Bréfritari: Stefanía Siggeirsdóttir
Viðtakandi: Páll Pálsson
Dagsetning: A-1872-01-15
Skrifað á: Hraungerði  Árn.
Stefanía var bróðurdóttir Páls Pálssonar

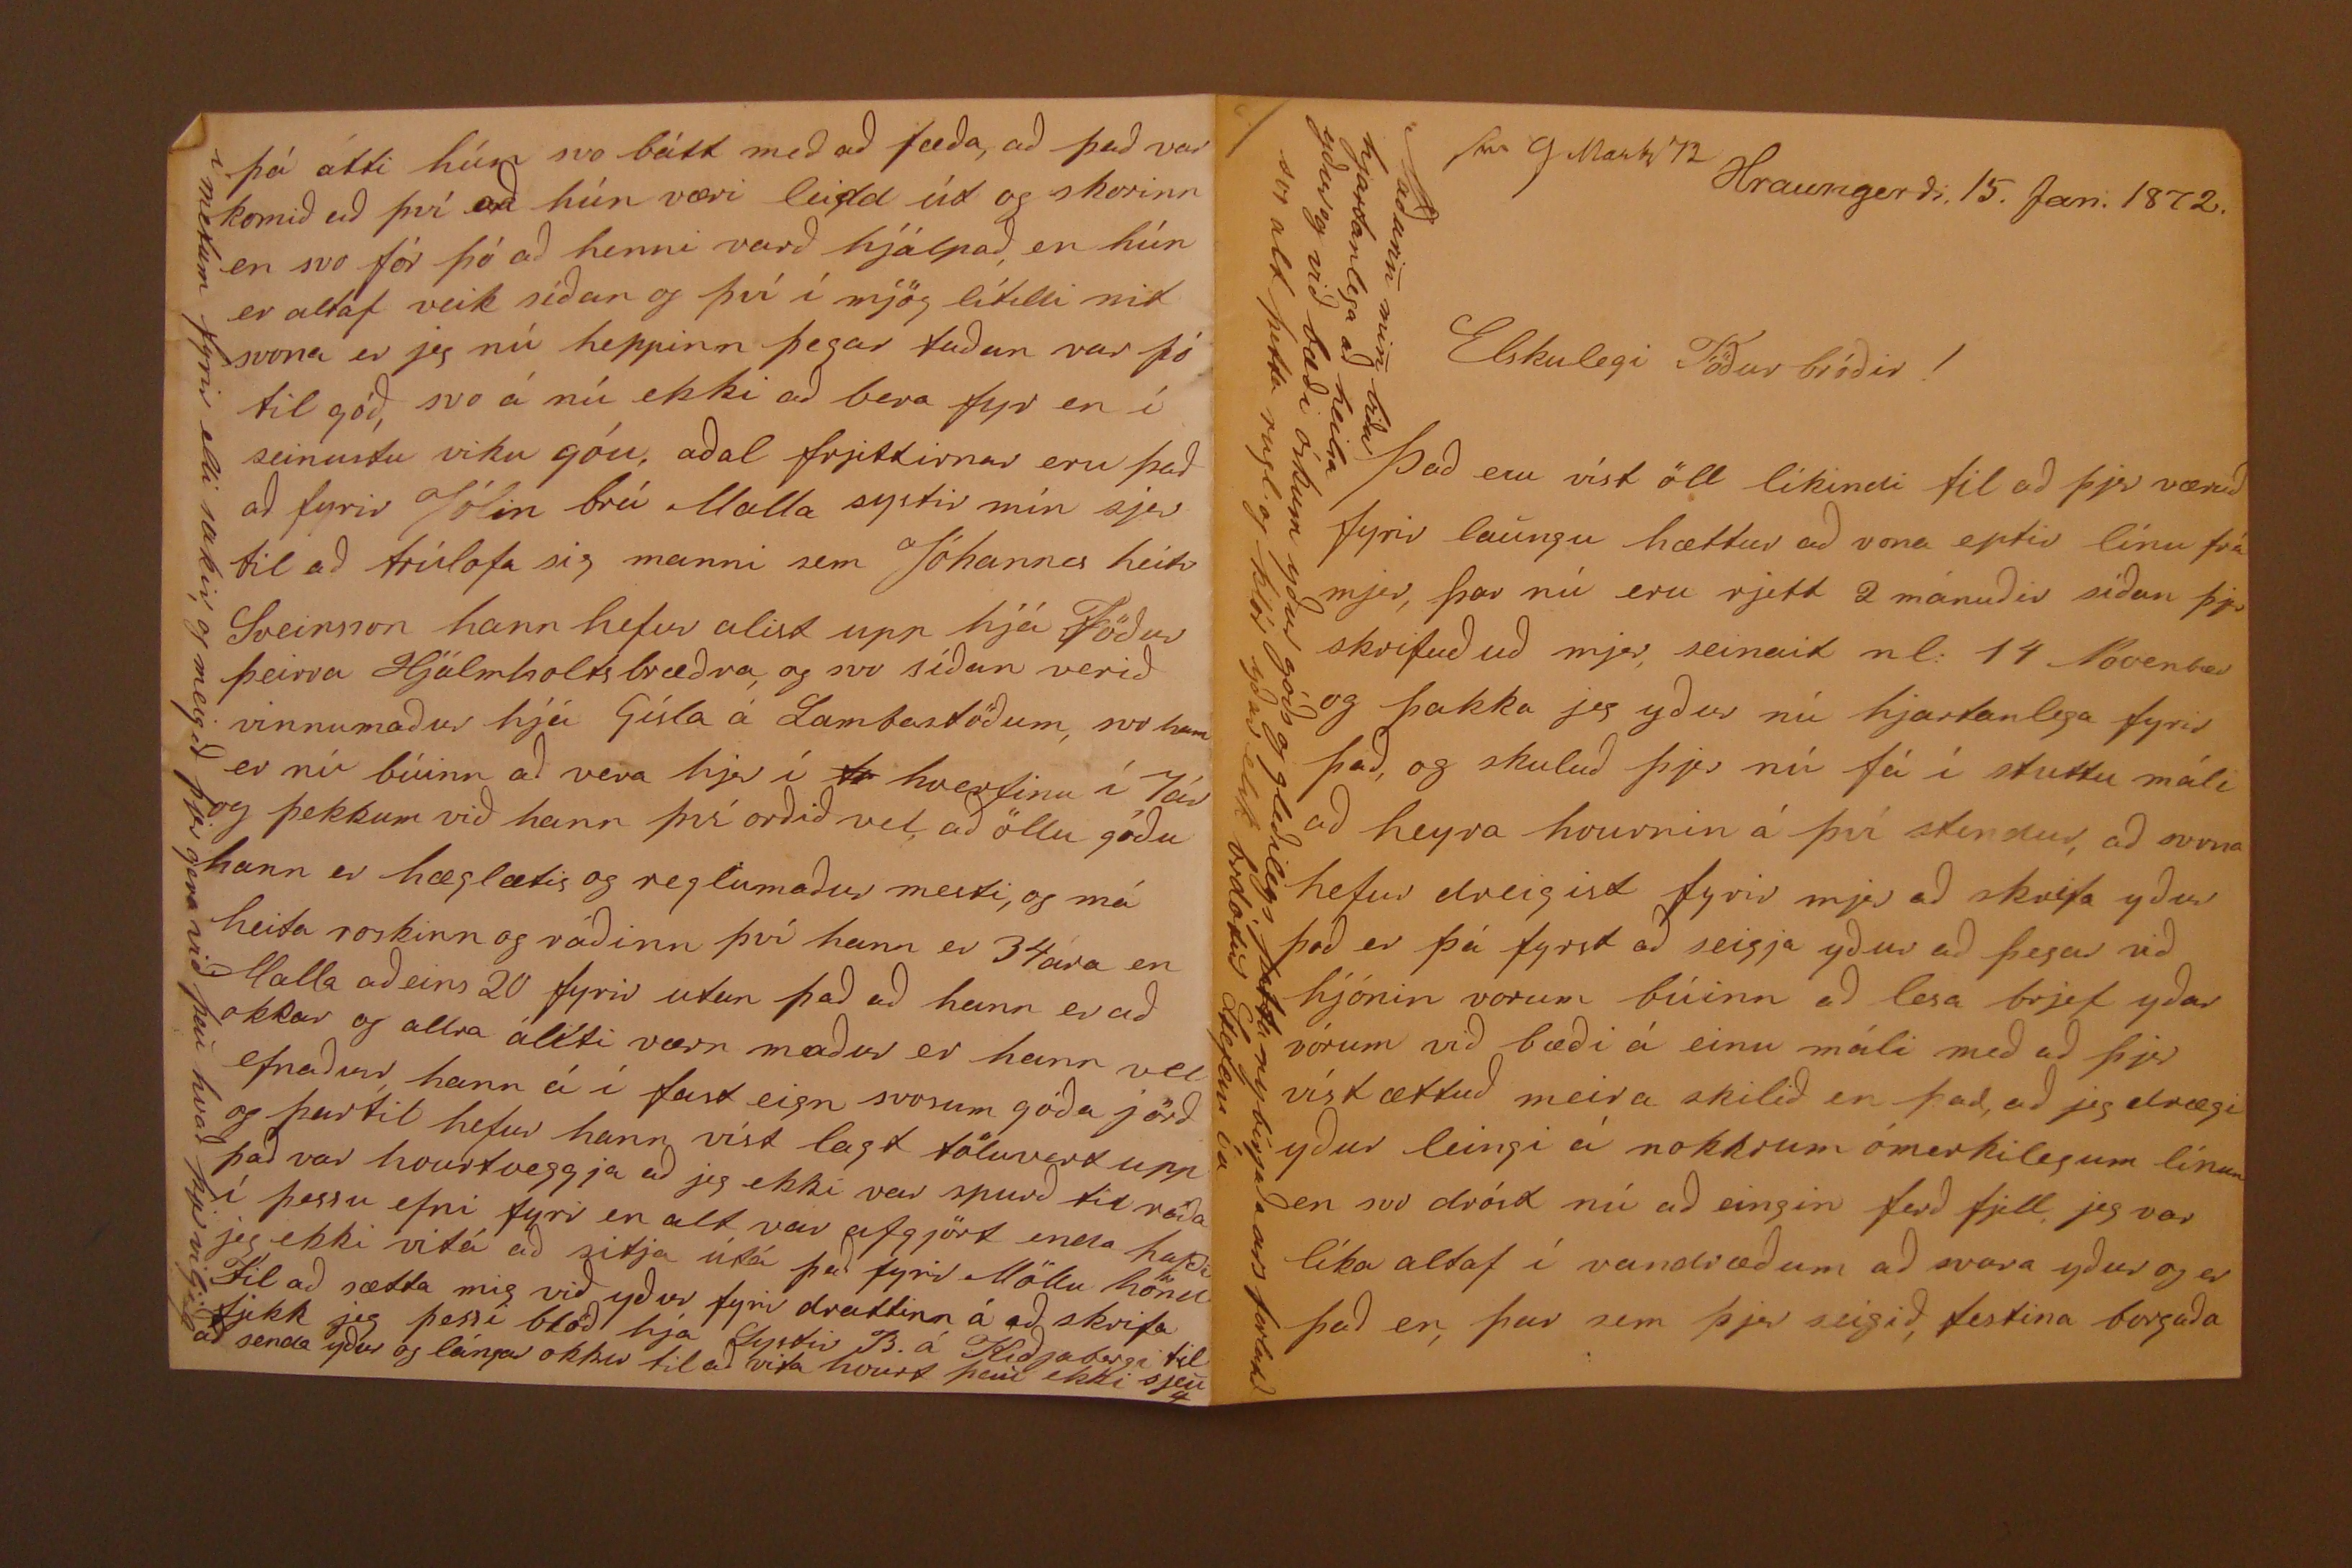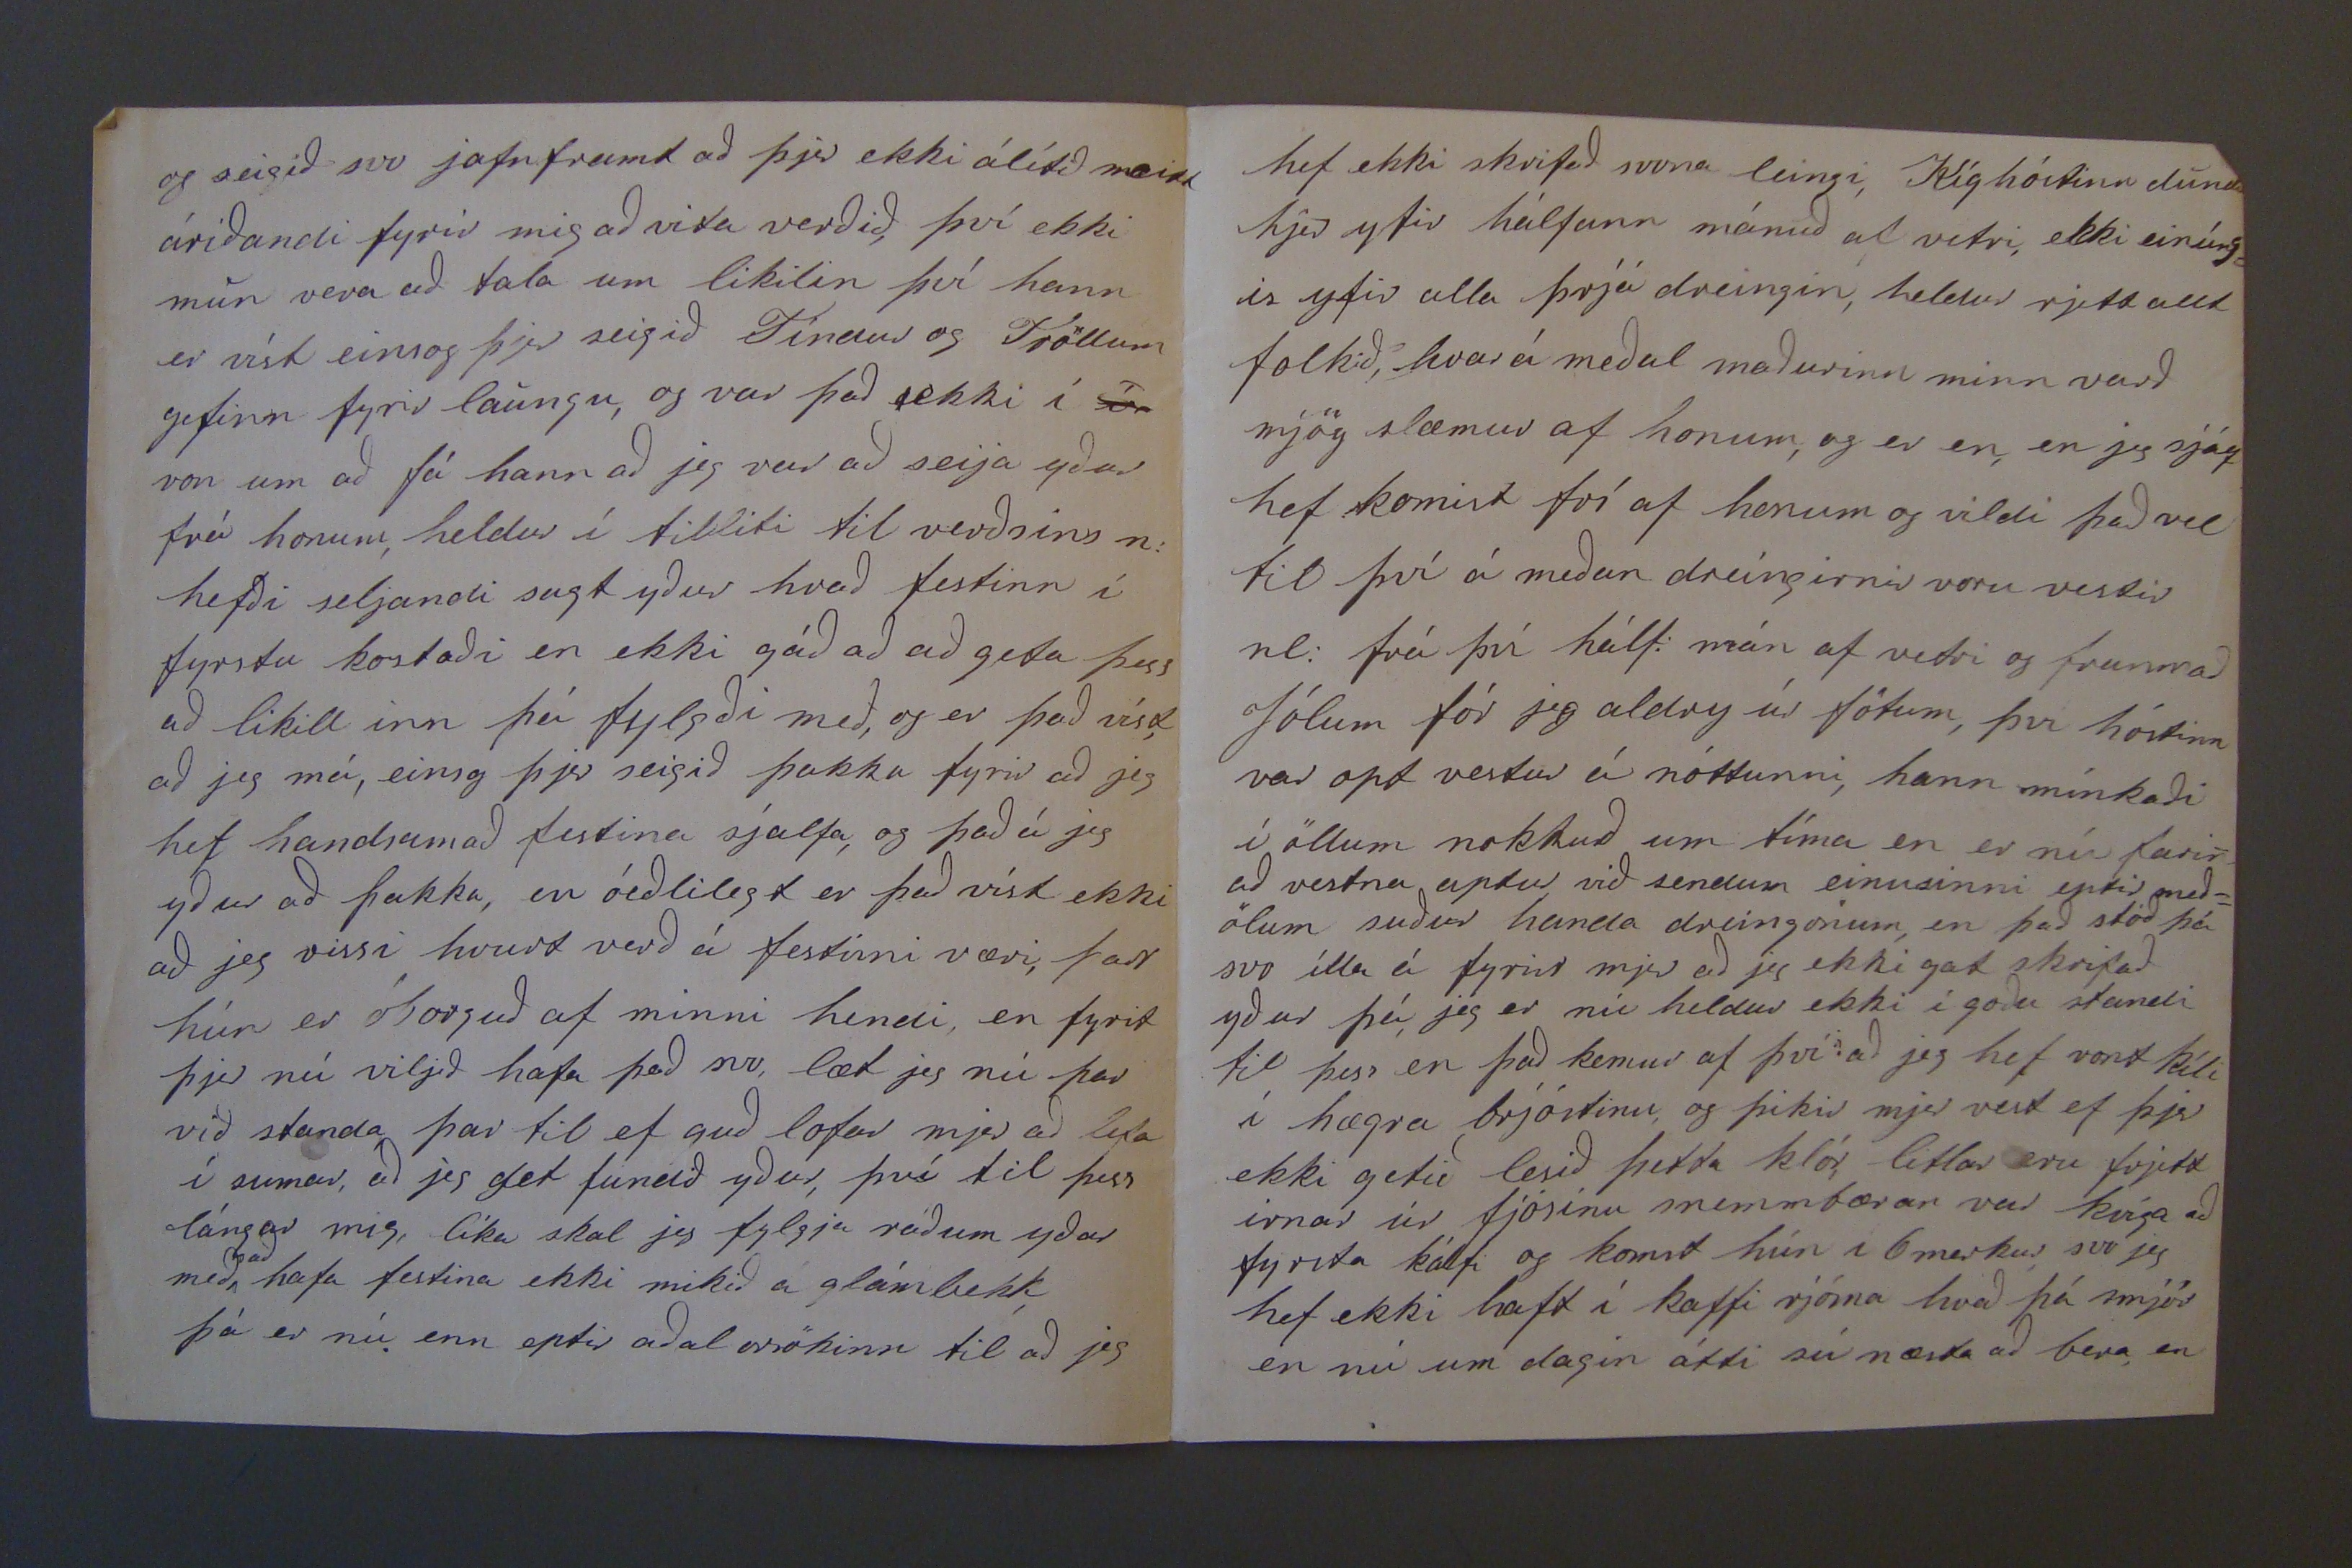

sv 9 Martz 72
Hraungerði 15. Jan: 1872.
Elskulegi Föðurbróðir!
Það eru víst öll líkindi til að þjer væruð fyrir laungu hættur að vona eptir línu frá mjer, þar nú eru rjett 2 mánuðir síðan þjer skrifuðuð mjer, seinast nl: 14 Nóvenber og þakka jeg yður nú hjartanlega fyrir það, og skuluð þjer nú fá í stuttu máli að heyra hvurnin á því stendur, að svona hefur dreigist fyrir mjer að skrifa yður það er þá fyrst að seigja yður að þegar við hjónin vorum búinn að lesa brjef yðar vórum við bæði á einu máli með að þjer víst ættuð meira skilið en það, að jeg drægi yður leingi á nokkrum ómerkilegum línum en svo dróst nú að eingin ferð fjell, jeg var líka altaf í vandræðum að svara yður og er það en, þar sem þjer seigið, festina borgaða
Maðurin min biður hjartanlega að heilsa yður og við bæði óskum yður góðs og gleðilegs, þetta nybirjaða ars forlatið svo alt þetta rugl og klór yðar elsk brdóttur Stefanía
og seigið svo jafnframt að þjer ekki álítið neitt áríðandi fyrir mig að vita verðið, því ekki mun vera að tala um likilin því hann er víst einsog þjer seigið Tíndur og Fjöllum gefinn fyrir laungu, og var það ekki í von um að fá hann að jeg var að seija yður frá honum, heldur í tilliti til verðsins n: hefði seljandi sagt yður hvað festinn í fyrsta kostaði en ekki gáð að að geta þess að likill inn þá fylgdi með, og er það víst, að jeg má, einsog þjer seigið þakka fyrir að jeg hef handsamað festina sjalfa, og það á jeg yður að þakka, en óeðlilegt er það víst ekki að jeg vissi hvurt verð á festinni væri,
þar
hún er óborguð af minni hendi, en fyrir þjer nú viljið hafa það svo, læt jeg nú þar við standa þar til ef guð lofar mjer að lifa í sumar, að jeg get fundið yður, því til þess lángar mig, líka skal jeg fylgja ráðum yðar með
það
hafa festina ekki mikið á glámbekk, þá er nú enn eptir aðal orsökinn til að jeg
hef ekki skrifað svona leingi, Kíghóstinn dundi hjer yfir hálfann mánuð af vetri, ekki einúng= is yfir alla þrjá dreingin, heldur rjett allt folkið, hvar á meðal maðurinn minn varð mjög slæmur af honum, og er en, en jeg sjálf hef komist frí af honum og vildi það vel til því á meðan dreíngirnir voru vestir nl: frá því hálf: mán af vetri og frammað Jólum fór jeg aldry úr fötum, því hóstinn var opt vestur á nóttunni, hann mínkaði í öllum nokkuð um tíma en er nú farin að vestna aptur við sendum einusinni eptir með= ölum suður handa dreingonum, en það stóð þá svo illa á fyrir mjer að jeg ekki gat skrifað yður þá, jeg er nú heldur ekki í goðu standi til þess en það kemur af því að jeg hef vont kíli í hægra brjóstinu og þikir mjer vest ef þjer ekki getið lesið þetta klór, litlar eru frjett irnar úr fjósinu snemmbærar var kvíga að fyrsta kálfi og komst hún í 6 merkur, svo jeg hef ekki haft í kaffi rjóma hvað þá smjör en nú um dagin átti sú næsta að bera en
þá átti hún svo bátt með að fæða, að það var komið að því að hún væri leidd út og skorinn en svo fór þó að henni varð hjálpað, en hún er altaf veik síðan og því í mjög lítilli nit svona er jeg nú heppinn þegar taðan var þó til góð, svo á nú ekki að bera fyr en í seinustu viku góu, aðal frjettirnar eru það að fyrir Jólin brá Malla systir mín sjer til að trúlofa sig manni sem Jóhannes heiti Sveinsson hann hefur alist upp hjá Föður þeirra Hjálmholtsbræðra, og svo síðan verið vinnumaður hjá Gísla á Lambastöðum, svo hann er nú búinn að vera hjer í hverfinu í 7ár og þekkum við hann því orðið vel, að öllu góðu hann er hæglætis og reglumaður mesti, og má heita roskinn og ráðinn því hann er 34 ára en Malla aðeins 20 fyrir utan það að hann er að okkar og allra áliti værn maður er hann vel efnaður, hann á í fasteign svosum góða jörð og þartil hefur hann víst lagt töluvert upp það var hvurtveggja að jeg ekki var spurð til ráða í þessu efni fyrir en alt var afgjört enda hafði jeg ekki vitá að sitja útá það fyrir Möllu hönd Til að sætta mig við yður fyrir drottinn á að skrifa fjekk jeg þessi blöð hja systir B. á Kiðjabergi til að senda yður og lángar okkur til að vita hvurt þau ekki sjeu
í metum fyrir elli sakir, og meigið þjer gera við þau hvað þjer viljið